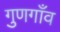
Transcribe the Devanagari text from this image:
गुणगाँव